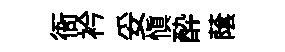
衙衿妥慎酔䕃